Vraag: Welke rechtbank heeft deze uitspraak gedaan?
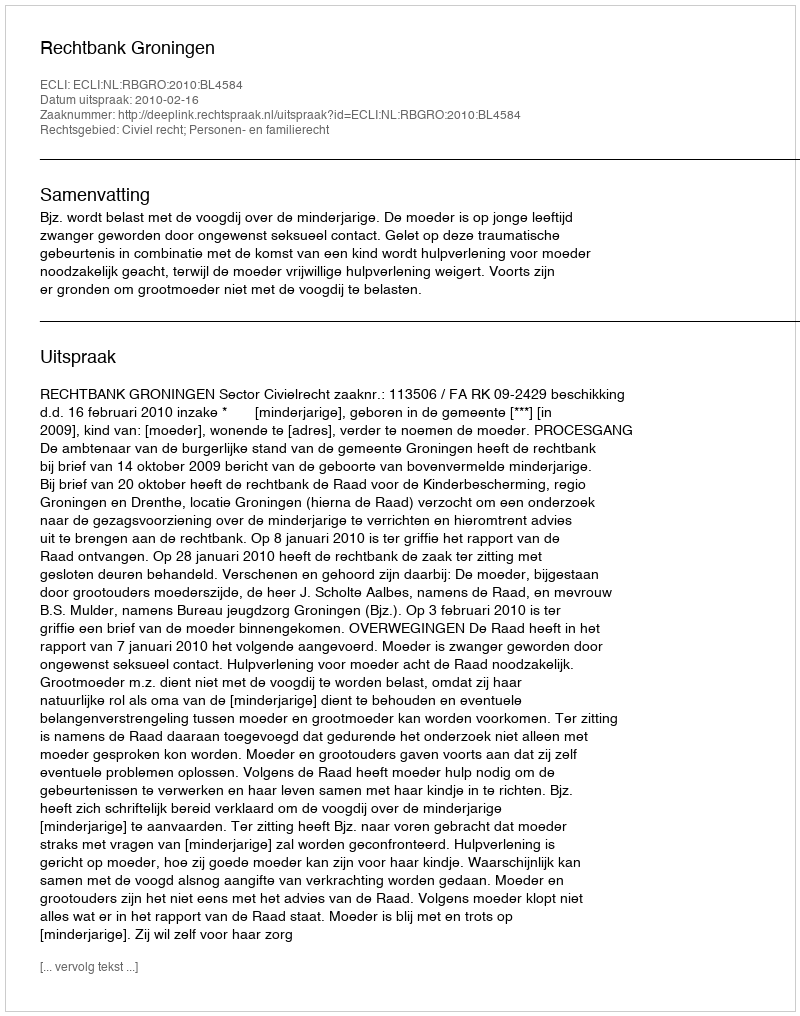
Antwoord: Rechtbank Groningen